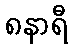
၈နာရီ